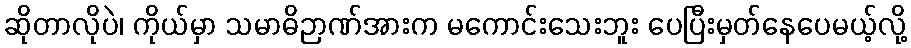
ဆိုတာလိုပဲ၊ ကိုယ်မှာ သမာဓိဉာဏ်အားက မကောင်းသေးဘူး ပေပြီးမှတ်နေပေမယ့်လို့